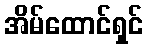
အိမ်ထောင်ရှင်